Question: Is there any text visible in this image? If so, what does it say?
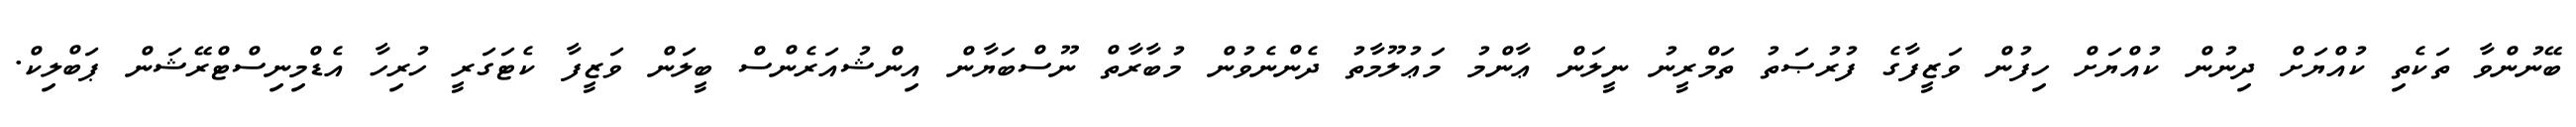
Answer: ބޭނުންވާ ތަކެތި ކުއްޔަށް ދިނުން ކުއްޔަށް ހިފުން ވަޒީފާގެ ފުރުޞަތު ތަމްރީނު ނީލަން ޢާންމު މަޢުލޫމާތު ދެންނެވުން މުބާރާތް ނޫސްބަޔާން އިންޝުއަރެންސް ބީލަން ވަޒީފާ ކެޓަގަރީ ހުރިހާ އެޑްމިނިސްޓްރޭޝަން ޕަބްލިކް.